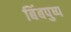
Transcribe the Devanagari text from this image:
बिंबपुष्प